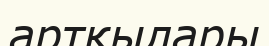
артқылары